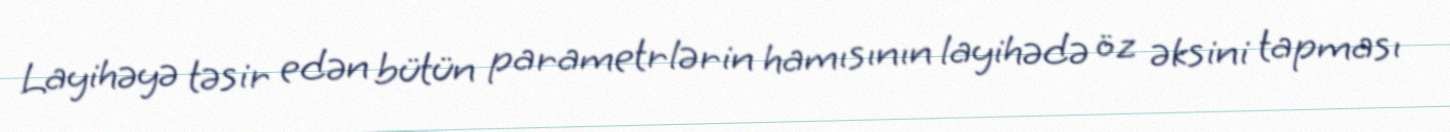
Layihəyə təsir edən bütün parametrlərin hamısının layihədə öz əksini tapması